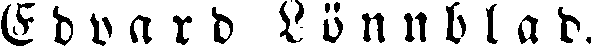
Edvard Lönnblad.